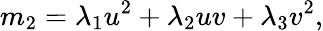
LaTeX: m_{2}=\lambda_{1}u^{2}+\lambda_{2}uv+\lambda_{3}v^{2},